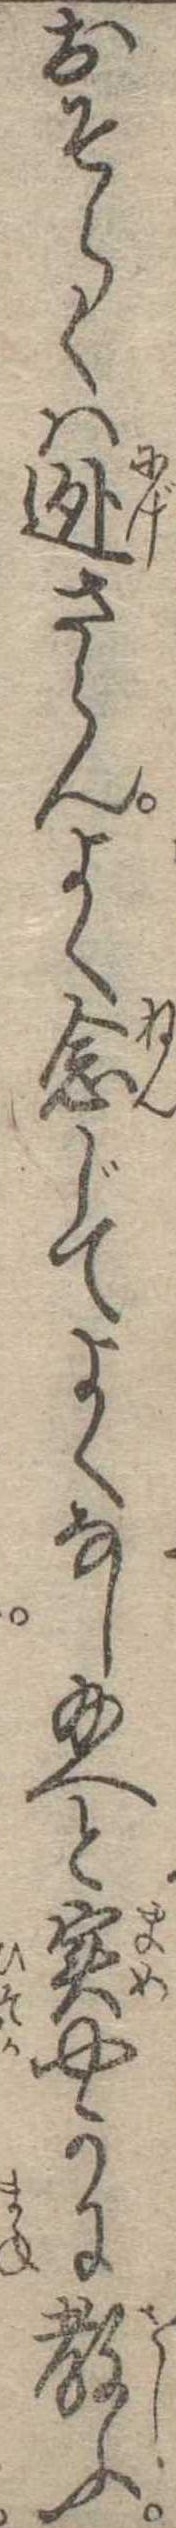
おそらくは逃さらんよく念じてよくなし給へと実やかに教ふ